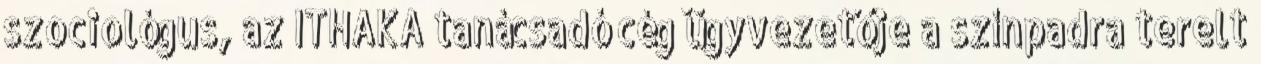
szociológus, az ITHAKA tanácsadó cég ügyvezetője a színpadra terelt